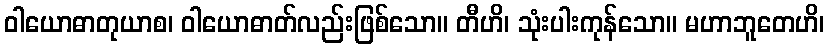
ဝါယောဓာတုယာစ၊ ဝါယောဓာတ်လည်းဖြစ်သော။ တီဟိ၊ သုံးပါးကုန်သော။ မဟာဘူတေဟိ၊